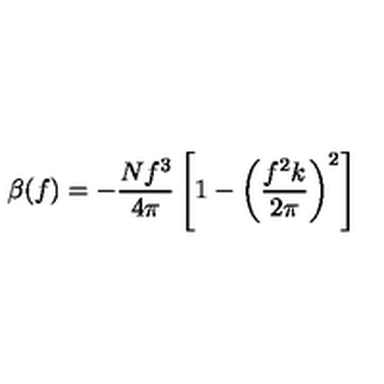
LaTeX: \beta ( f ) = - { \frac { N f ^ { 3 } } { 4 \pi } } \left[ 1 - \left( { \frac { f ^ { 2 } k } { 2 \pi } } \right) ^ { 2 } \right]